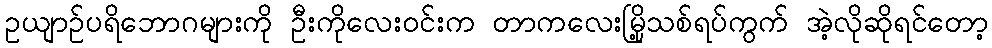
ဥယျာဉ်ပရိဘောဂများကို ဦးကိုလေးဝင်းက တာကလေးမြို့သစ်ရပ်ကွက် အဲ့လိုဆိုရင်တော့